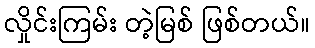
လှိုင်းကြမ်း တဲ့မြစ် ဖြစ်တယ်။